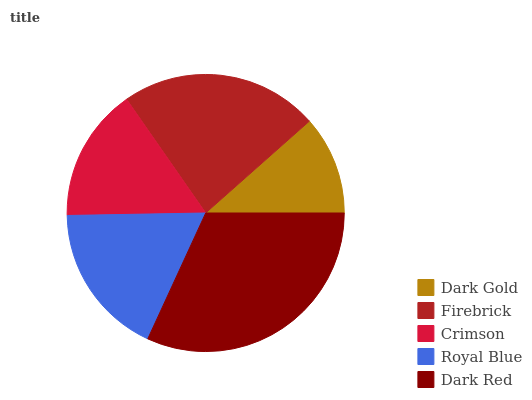
| Dark Gold | Firebrick | Crimson | Royal Blue | Dark Red |
 | --- | --- | --- | --- | --- |
 | 11.6% | 23.1% | 15.6% | 17.8% | 31.9% |